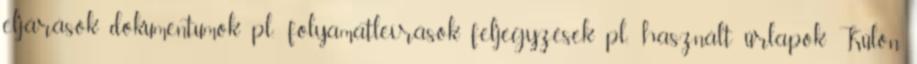
eljárások dokumentumok pl.: folyamatleírások feljegyzések pl.: használt űrlapok Külön